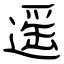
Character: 遥